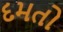
દમતો